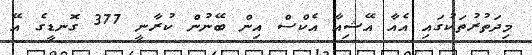
މިދަތުރުތަކުގައި އެއާ އޭޝިއާ އެކްސް އިން ބޭނުން ކުރާނީ 377 ގޮނޑީގެ އޭ